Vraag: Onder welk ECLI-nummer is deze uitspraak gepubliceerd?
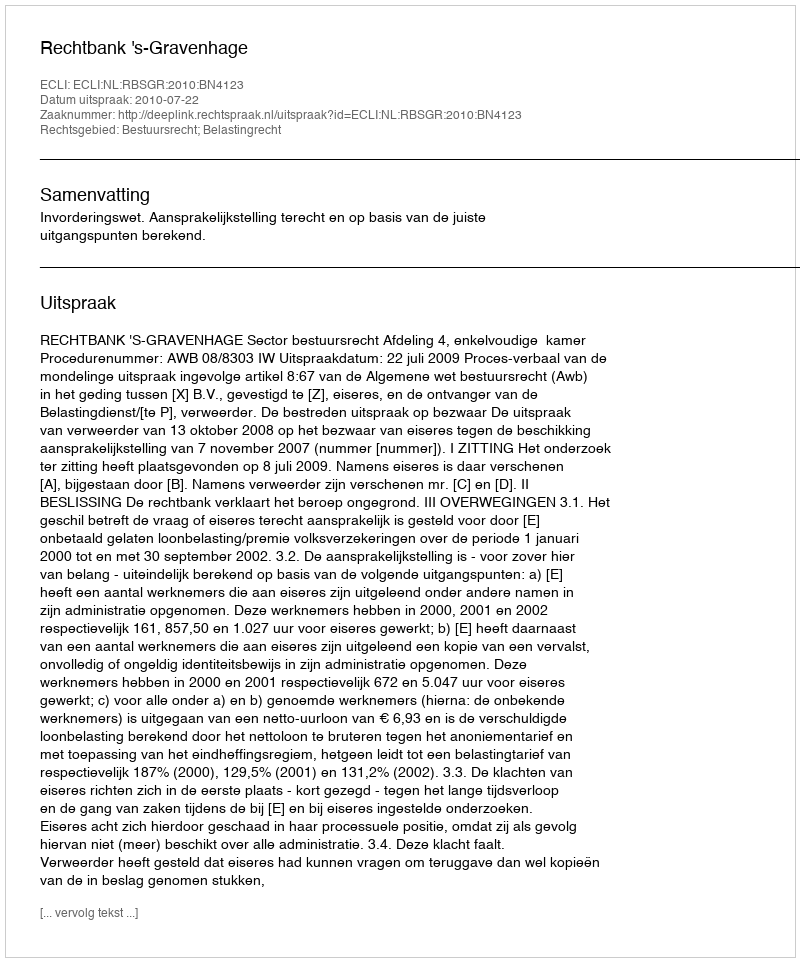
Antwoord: ECLI:NL:RBSGR:2010:BN4123